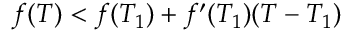
f ( T ) < f ( T _ { 1 } ) + f ^ { \prime } ( T _ { 1 } ) ( T - T _ { 1 } )